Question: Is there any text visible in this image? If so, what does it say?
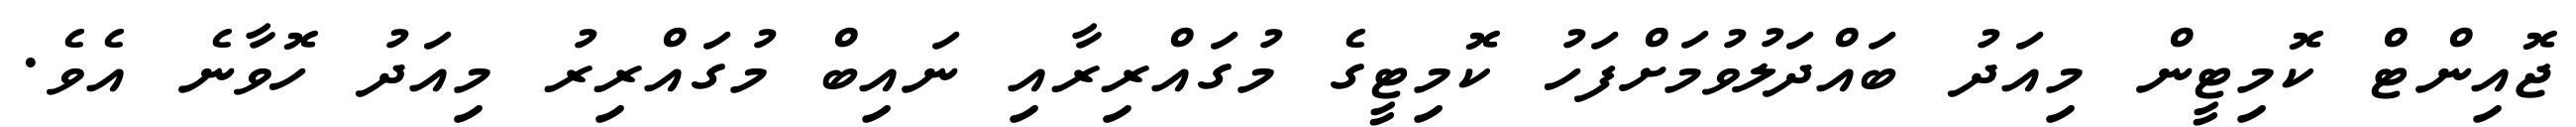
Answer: ޖޮއިންޓް ކޮމިޓީން މިއަދު ބައްދަލުވުމަށްފަހު ކޮމިޓީގެ މުގައްރިރާއި ނައިބް މުގައްރިރު މިއަދު ހޮވާނެ އެވެ.